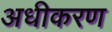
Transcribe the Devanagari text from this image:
अधीकरण